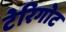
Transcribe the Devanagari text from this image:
टेरिगोट